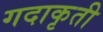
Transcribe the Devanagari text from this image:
गदाकृती